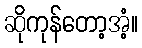
ဆိုကုန်တော့အံ့။